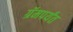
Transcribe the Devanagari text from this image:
ग्रॅमपर्यंत